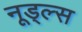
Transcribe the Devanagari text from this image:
नूड्ल्स